Plague in India, 1896, 1897 - Volume 3
Year: 1896
Disease focus: Plague
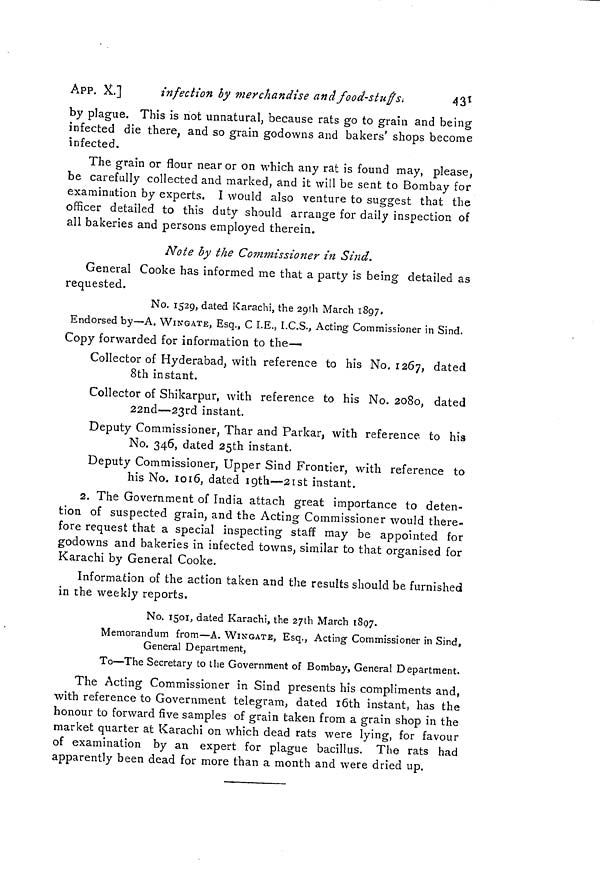
APP. )L]
infection by merchandise ana food-stuff s.
431
by plague. This is not unnatural, because rats go to grain and being
infected die there, and so grain godowns and bakers' shops become
infected.
The grain or flour near or on which any rat is found may, please,
be carefully collected and marked, and it will be sent to Bombay for
examination by experts. I would also venture to suggest that the
officer detailed to this duty should arrange for daily inspection of
all bakeries and persons employed therein.
Note by the Commissioner in Sind.
General Cooke has informed me that a party is being detailed as
requested.
No. 1529, dated Karachi, the 2gth March 1897,
Endorsed by—A. WINGATE, Esq., C I.E., I.C.S., Acting Commissioner in Sind.
Copy forwarded for information to the—
Collector of Hyderabad, with reference to his No. 1267, dated
8th instant.
Collector of Shikarpur, with reference to his No. 2080, dated
22nd—2ßrd instant.
Deputy Commissioner, Thar and Parkar, with reference, to his
No. 346, dated 25th instant.
Deputy Commissioner, Upper Sind Frontier, with reference to
his No. 1016, dated iQth—2ist instant.
2. The Government of India attach great importance to deten-
tion of suspected grain, and the Acting Commissioner would there-
fore request that a special inspecting staff may be appointed for
godowns and bakeries in infected towns, similar to that organised for
Karachi by General Cooke.
Information of the action taken and the results should be furnished
in the weekly reports.
No. 1501, dated Karachi, the 27th March 1897.
Memorandum from—A. WINGATE, Esq., Acting Commissioner in Sind,
General Department,
To—The Secretary to the Government of Bombay, General Department.
The Acting Commissioner in Sind presents his compliments and,
with reference to Government telegram, dated i6th instant, has the
honour to forward five samples of grain taken from a grain shop in the
market quarter at Karachi on which dead rats were lying, for favour
of examination by an expert for plague bacillus. The rats had
apparently been dead for more than a month and were dried up.